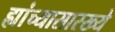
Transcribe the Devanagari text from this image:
ह्यांच्यासारख्ये